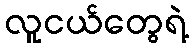
လူငယ်တွေရဲ့